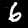
Digit: 6